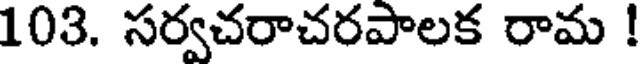
103. సర్వచరాచరపాలక రామ !